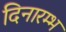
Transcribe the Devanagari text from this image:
दिनारम्भ